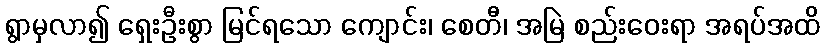
ရွာမှလာ၍ ရှေးဦးစွာ မြင်ရသော ကျောင်း၊ စေတီ၊ အမြဲ စည်းဝေးရာ အရပ်အထိ